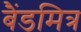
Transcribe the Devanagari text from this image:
बैंडमित्र